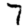
Digit: 7